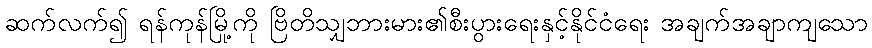
ဆက်လက်၍ ရန်ကုန်မြို့ကို ဗြိတိသျှဘားမား၏စီးပွားရေးနှင့်နိုင်ငံရေး အချက်အချာကျသော